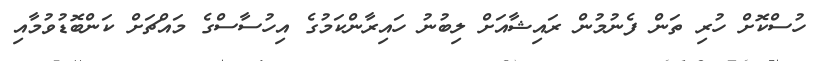
ހުސްކޮށް ހުރި ތަން ފެނުމުން ރައިޝާއަށް ލިބުނު ހައިރާންކަމުގެ އިހުސާސްގެ މައްޗަށް ކަންބޮޑުވުމާއި